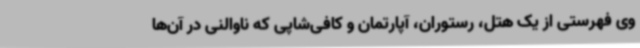
وی فهرستی از یک هتل، رستوران، آپارتمان و کافی‌شاپی که ناوالنی در آن‌ها